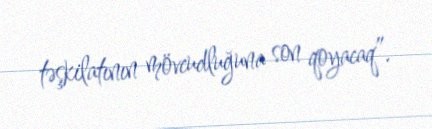
təşkilatının mövcudluğuna son qoyacaq”.